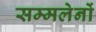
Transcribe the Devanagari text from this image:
सम्मलेनों